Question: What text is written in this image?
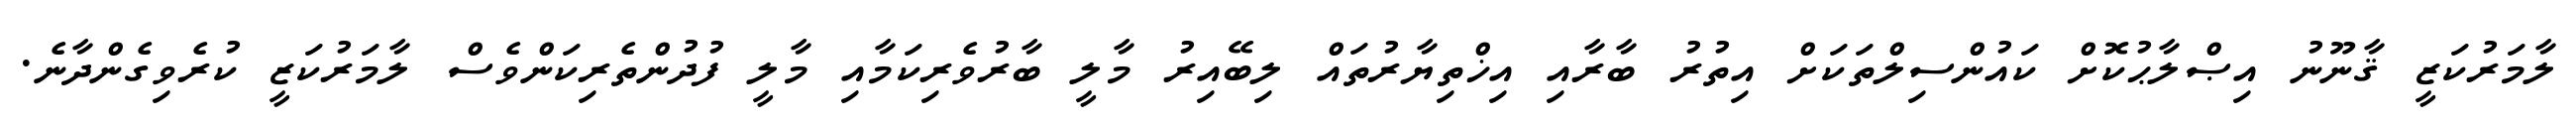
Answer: ލާމަރުކަޒީ ޤާނޫނު އިޞްލާޙުކޮށް ކައުންސިލްތަކަށް އިތުރު ބާރާއި އިޚްތިޔާރުތައް ލިބޭއިރު މާލީ ބާރުވެރިކަމާއި މާލީ ފުދުންތެރިކަންވެސް ލާމަރުކަޒީ ކުރެވިގެންދާނެ.